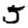
Digit: 5